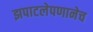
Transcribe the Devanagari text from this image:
झपाटलेपणानेच